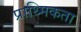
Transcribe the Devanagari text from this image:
प्राथ्मिकता